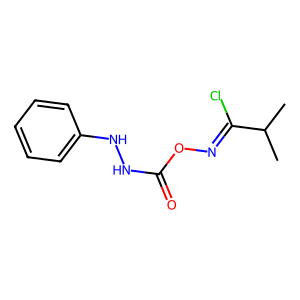
SMILES: CC(C)C(Cl)=NOC(=O)NNc1ccccc1
Inhibits HIV replication: No